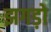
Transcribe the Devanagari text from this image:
झगड़ो